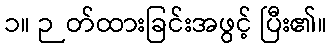
၁။ ဉတ်ထားခြင်းအဖွင့် ပြီး၏။